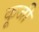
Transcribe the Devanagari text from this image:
कूजी